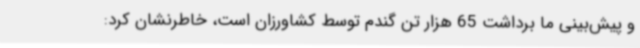
و پیش‌بینی ما برداشت 65 هزار تن گندم توسط کشاورزان است، خاطرنشان کرد: